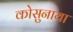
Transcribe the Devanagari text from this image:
कोसुनाया